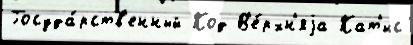
Госуда́рств'енный Код В'е́рхн'яjа Кат'ис